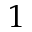
1